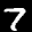
Label: 7